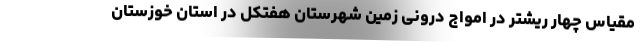
مقیاس چهار ریشتر در امواج درونی زمین شهرستان هفتکل در استان خوزستان